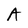
Character: A